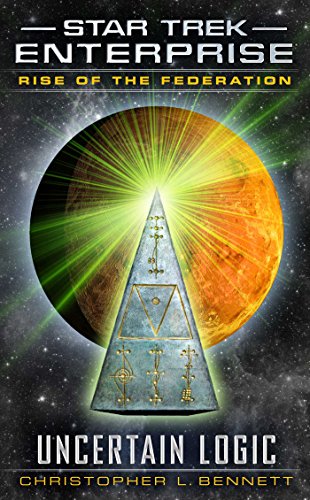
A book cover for Rise of the Federation: Uncertain Logic (Star Trek: Enterprise); Christopher L. Bennett; Science Fiction & Fantasy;